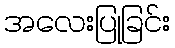
အလေးပြုခြင်း